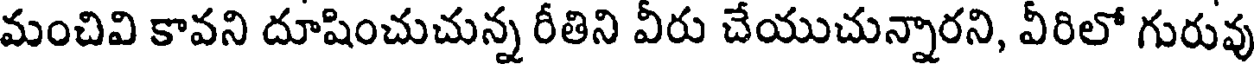
మంచివి కావని దూషించుచున్న రీతిని వీరు చేయుచున్నారని, వీరిలో గురువు